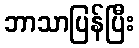
ဘာသာပြန်ပြီး